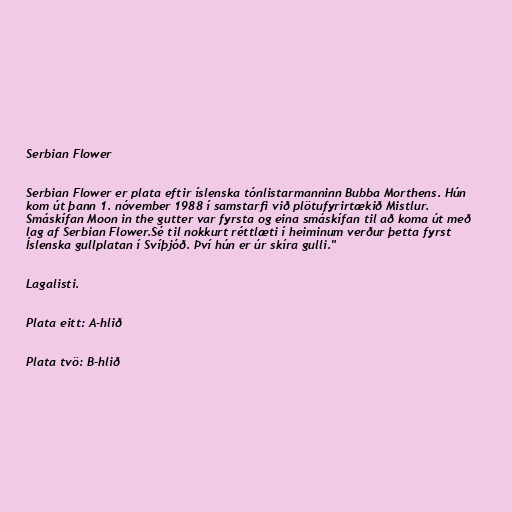
Serbian Flower

Serbian Flower er plata eftir íslenska tónlistarmanninn Bubba Morthens. Hún
kom út þann 1. nóvember 1988 í samstarfi við plötufyrirtækið Mistlur.
Smáskífan Moon in the gutter var fyrsta og eina smáskífan til að koma út með
lag af Serbian Flower.Sé til nokkurt réttlæti í heiminum verður þetta fyrst
Íslenska gullplatan í Svíþjóð. Því hún er úr skíra gulli."

Lagalisti.

Plata eitt: A-hlið

Plata tvö: B-hlið